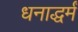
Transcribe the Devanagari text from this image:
धनाद्धर्मं